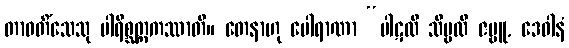
တာဝတိံသေသု ပါရိစ္ဆတ္တကဿာတိ။ တေနာဟု ပေါရာဏာ “ပါဋလီ သိမ္ဗလီ ဇမ္ဗူ, ဒေဝါနံ